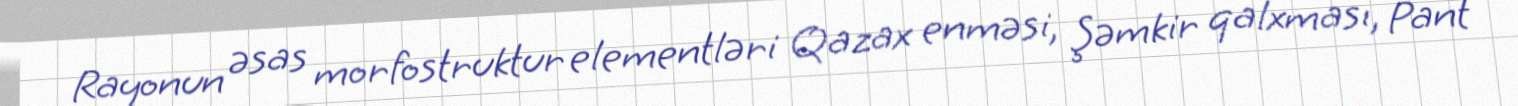
Rayonun əsas morfostruktur elementləri Qazax enməsi, Şəmkir qalxması, Pant